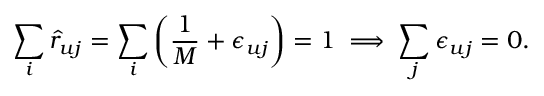
\sum _ { i } \hat { r } _ { u j } = \sum _ { i } \left( \frac { 1 } { M } + \epsilon _ { u j } \right) = 1 \implies \sum _ { j } \epsilon _ { u j } = 0 .